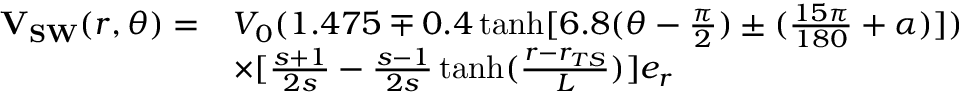
\begin{array} { r l } { \mathbf { V _ { S W } } ( r , \theta ) = } & { V _ { 0 } ( 1 . 4 7 5 \mp 0 . 4 \operatorname { t a n h } [ 6 . 8 ( \theta - \frac { \pi } { 2 } ) \pm ( \frac { 1 5 \pi } { 1 8 0 } + \alpha ) ] ) } \\ & { \times [ \frac { s + 1 } { 2 s } - \frac { s - 1 } { 2 s } \operatorname { t a n h } ( \frac { r - r _ { T S } } { L } ) ] \boldsymbol { e _ { r } } } \end{array}